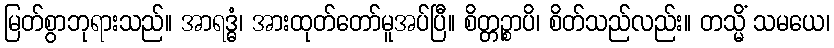
မြတ်စွာဘုရားသည်။ အာရဒ္ဓံ၊ အားထုတ်တော်မူအပ်ပြီ။ စိတ္တဉ္စာပိ၊ စိတ်သည်လည်း။ တသ္မိံ သမယေ၊